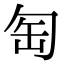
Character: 匋